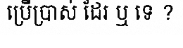
ប្រើប្រាស់ ដែរ ឬ ទេ ?